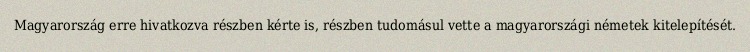
Magyarország erre hivatkozva részben kérte is, részben tudomásul vette a magyarországi németek kitelepítését.